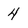
Character: 4